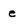
Character: e